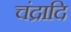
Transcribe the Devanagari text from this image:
चंद्रादि